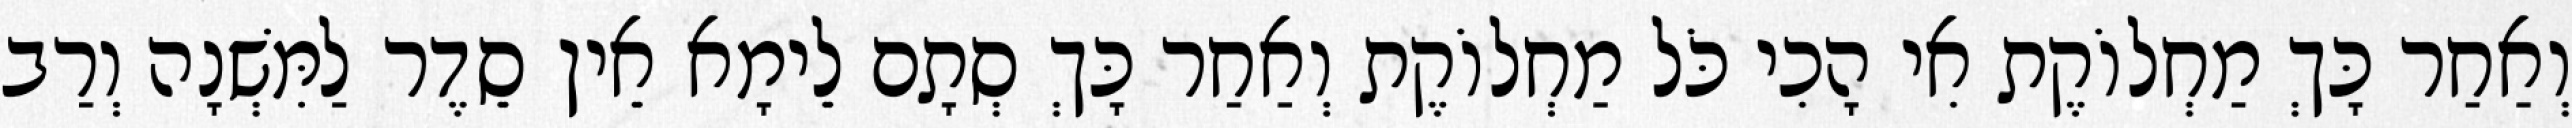
וְאַחַר כָּךְ מַחְלוֹקֶת אִי הָכִי כֹּל מַחְלוֹקֶת וְאַחַר כָּךְ סְתָם לֵימָא אֵין סֵדֶר לַמִּשְׁנָה וְרַב